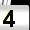
Digit: 4